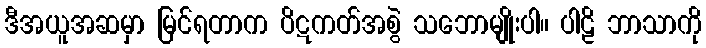
ဒီအယူအဆမှာ မြင်ရတာက ပိဋကတ်အစွဲ သဘောမျိုးပါ။ ပါဠိ ဘာသာကို